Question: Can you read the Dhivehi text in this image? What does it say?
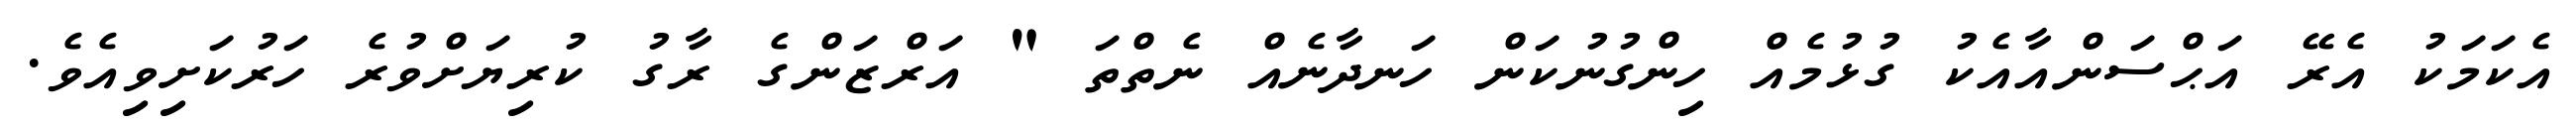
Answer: އެކަމަކު އެރޭ އަޙްސަންއާއެކު ގުޅުމެއް ހިންގުނުކަން ހަނދާނެއް ނެތްތަ " އަރްޒަންގެ ރާގު ކުރިޔަށްވުރެ ހަރުކަށިވިއެވެ.